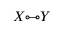
X { \circ \! { \- - } \! \circ } Y